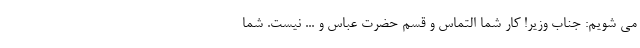
می شویم: جناب وزیر! کار شما التماس و قسم حضرت عباس و ... نیست. شما